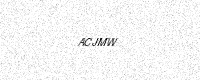
Text: ACJMW